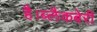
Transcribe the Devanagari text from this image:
है।ब्लैकबेरी